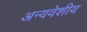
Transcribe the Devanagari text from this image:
अन्यवेशीय